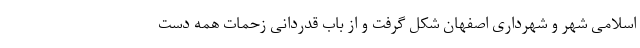
اسلامی شهر و شهرداری اصفهان شکل گرفت و از باب قدردانی زحمات همه دست